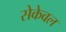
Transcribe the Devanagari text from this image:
सेकेवल